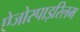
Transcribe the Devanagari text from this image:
ऐजोस्पाइरिलम